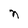
Character: n